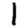
Digit: 1